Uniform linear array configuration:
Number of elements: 24
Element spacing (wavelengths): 0.5
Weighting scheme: kaiser
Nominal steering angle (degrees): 60
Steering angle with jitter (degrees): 61.333
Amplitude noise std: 0.05
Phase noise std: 0.05

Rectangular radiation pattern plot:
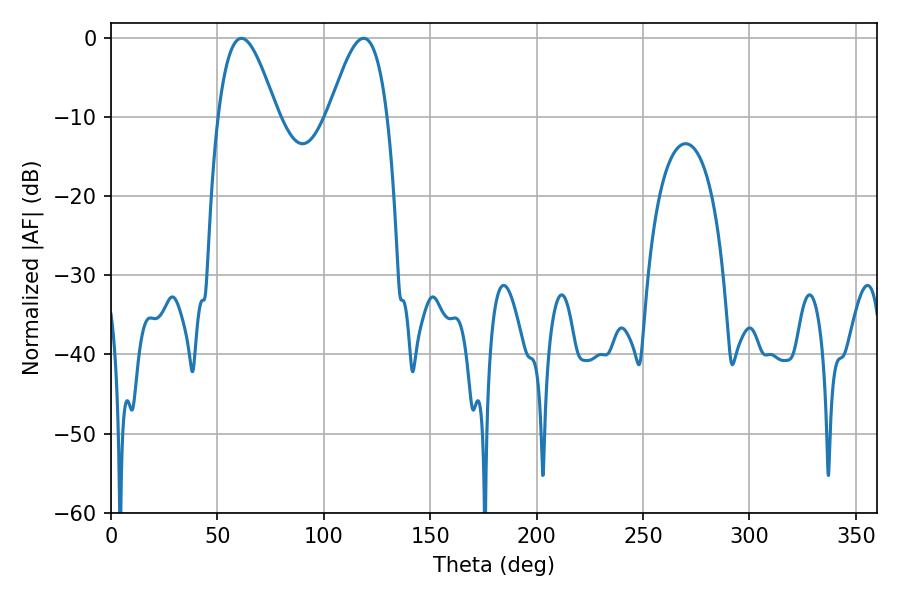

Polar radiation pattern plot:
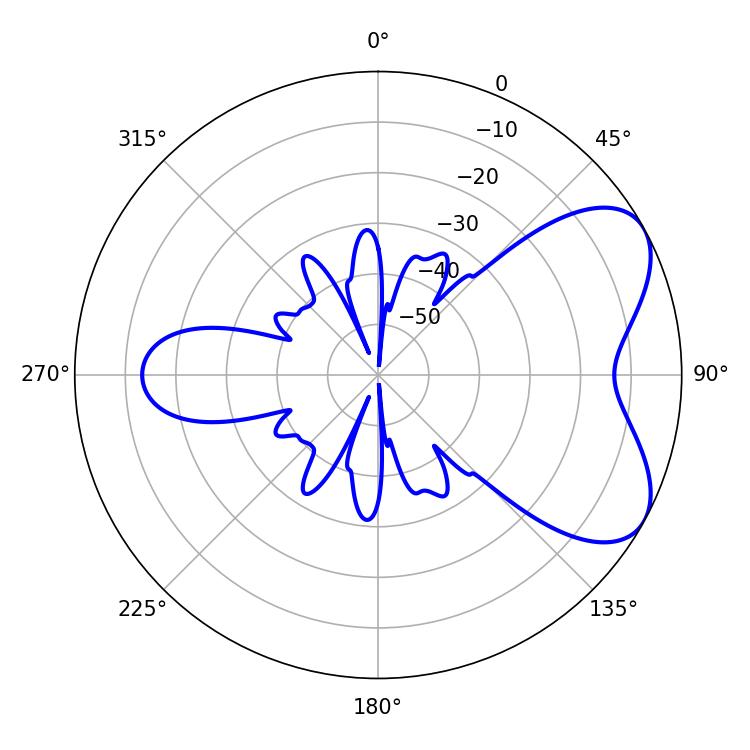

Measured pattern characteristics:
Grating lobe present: FALSE
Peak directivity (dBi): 5.976
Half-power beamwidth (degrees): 14.94
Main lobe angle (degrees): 61.2